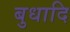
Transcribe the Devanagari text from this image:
बुधादि